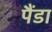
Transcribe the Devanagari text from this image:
पैंडा